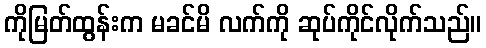
ကိုမြတ်ထွန်းက မခင်မိ လက်ကို ဆုပ်ကိုင်လိုက်သည်။